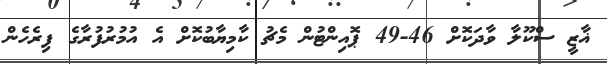
ޣާޒީ ސްކޫލާ ވާދަކޮށް 46-49 ޕޮއިންޓުން މެޗު ކާމިޔާބުކޮށް އެ އުމުރުފުރާގެ ފިރެހެން